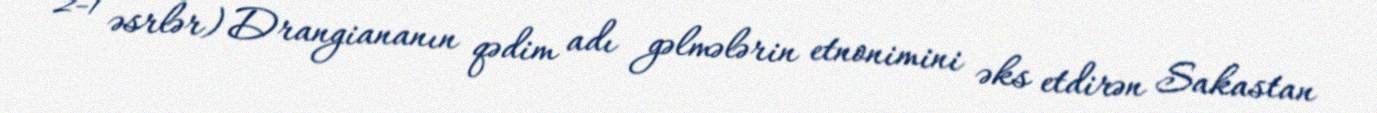
2-1 əsrlər) Drangiananın qədim adı gəlmələrin etnonimini əks etdirən Sakastan